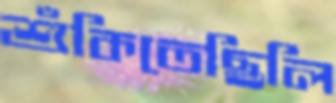
শুঁকিতেছিলি